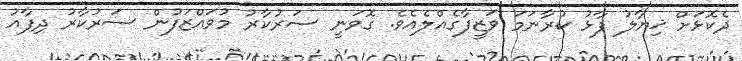
ދެކޮޅަށް ޚިޔާލު ފާޅު ކުރާނަމަ ވަޒީފާގެއްލެއެވެ. ގޮވަނީ ސަރުކާރު މުވައްޒަފުން ސަރުކާރު ދިފާއު